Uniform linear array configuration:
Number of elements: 32
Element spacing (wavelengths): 1
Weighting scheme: uniform
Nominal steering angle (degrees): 30
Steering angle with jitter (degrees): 30.795
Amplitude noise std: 0.05
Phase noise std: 0.05

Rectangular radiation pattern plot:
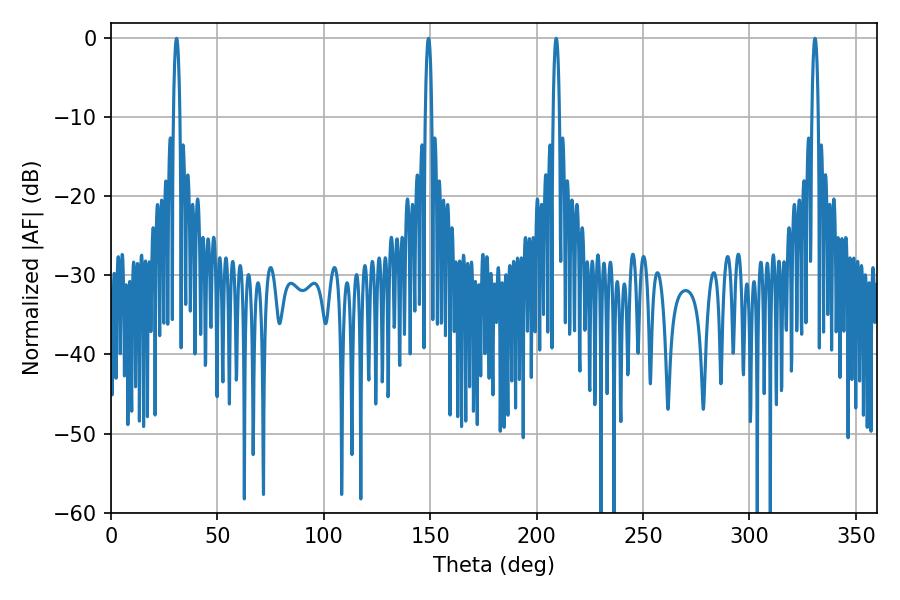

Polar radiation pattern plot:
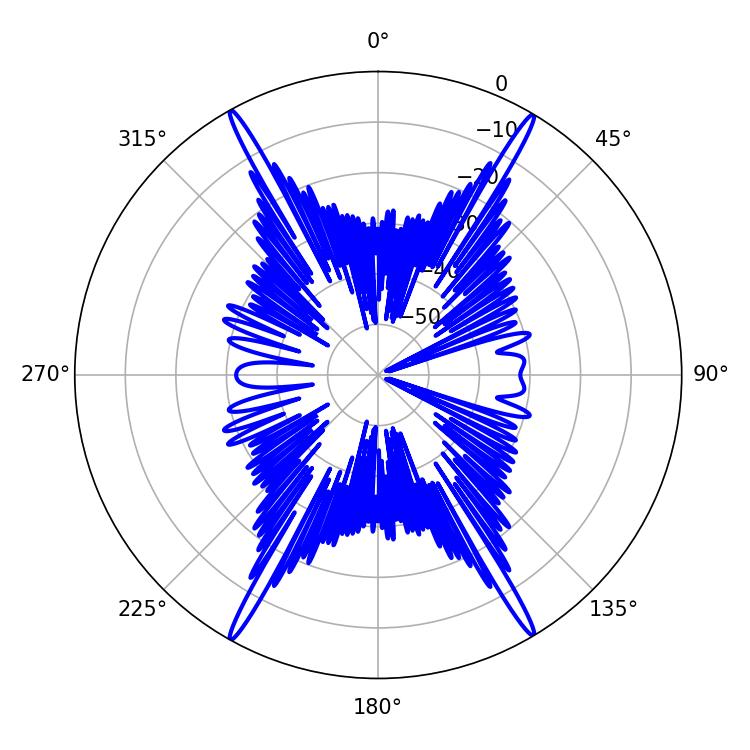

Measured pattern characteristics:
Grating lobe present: TRUE
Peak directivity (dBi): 29.226
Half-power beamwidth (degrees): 1.62
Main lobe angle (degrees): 30.78